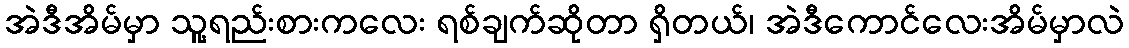
အဲဒီအိမ်မှာ သူ့ရည်းစားကလေး ရစ်ချက်ဆိုတာ ရှိတယ်၊ အဲဒီကောင်လေးအိမ်မှာလဲ